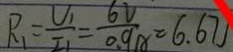
R _ { 1 } = \frac { U _ { 1 } } { I _ { 1 } } = \frac { 6 V } { 0 . 9 A } = 6 . 6 7 J